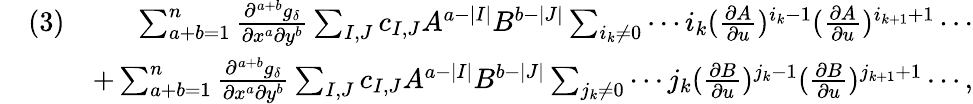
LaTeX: \begin{array}{rlr}&{(3)}&{\sum_{a+b=1}^{n}\frac{\partial^{a+b}g_{\delta}}{\partial x^{a}\partial y^{b}}\sum_{I,J}c_{I,J}A^{a-|I|}B^{b-|J|}\sum_{i_{k}\neq 0}\cdots i_{k}(\frac{\partial A}{\partial u})^{i_{k}-1}(\frac{\partial A}{\partial u})^{i_{k+1}+1}\cdots}\\ &{}&{+\sum_{a+b=1}^{n}\frac{\partial^{a+b}g_{\delta}}{\partial x^{a}\partial y^{b}}\sum_{I,J}c_{I,J}A^{a-|I|}B^{b-|J|}\sum_{j_{k}\neq 0}\cdots j_{k}(\frac{\partial B}{\partial u})^{j_{k}-1}(\frac{\partial B}{\partial u})^{j_{k+1}+1}\cdots,}\end{array}